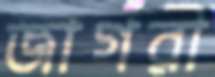
জাগরী